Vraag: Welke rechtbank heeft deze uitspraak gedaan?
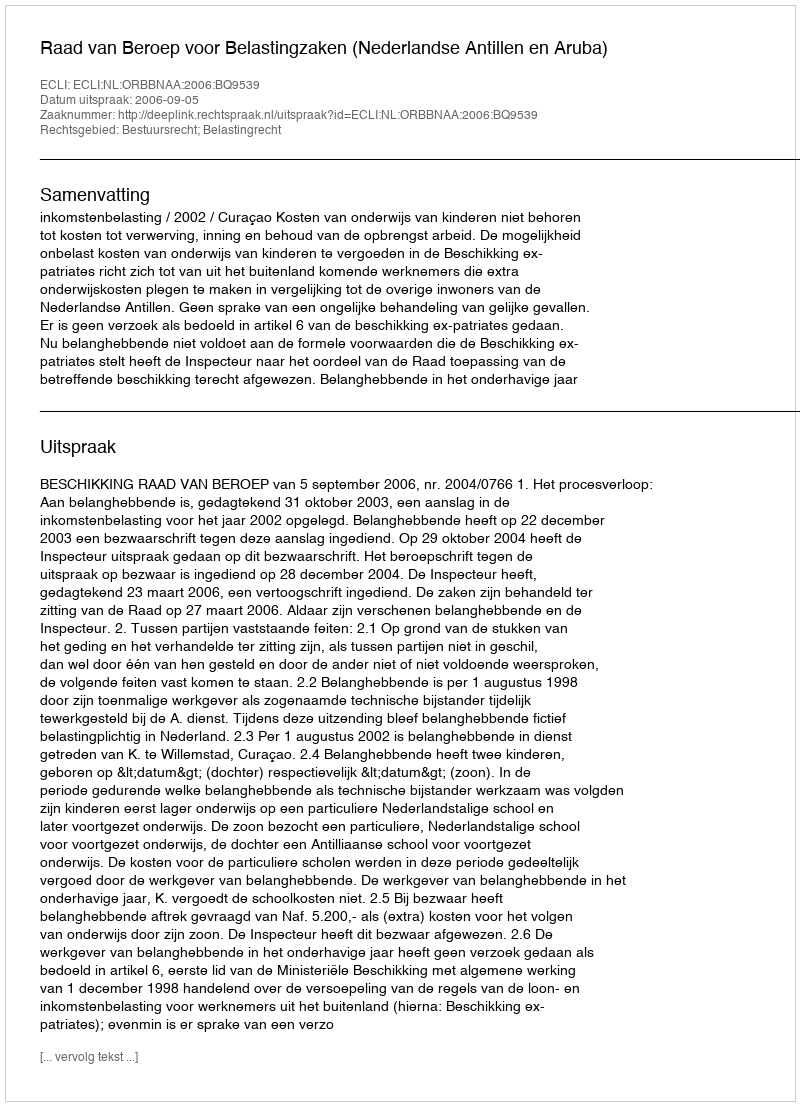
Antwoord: Raad van Beroep voor Belastingzaken (Nederlandse Antillen en Aruba)